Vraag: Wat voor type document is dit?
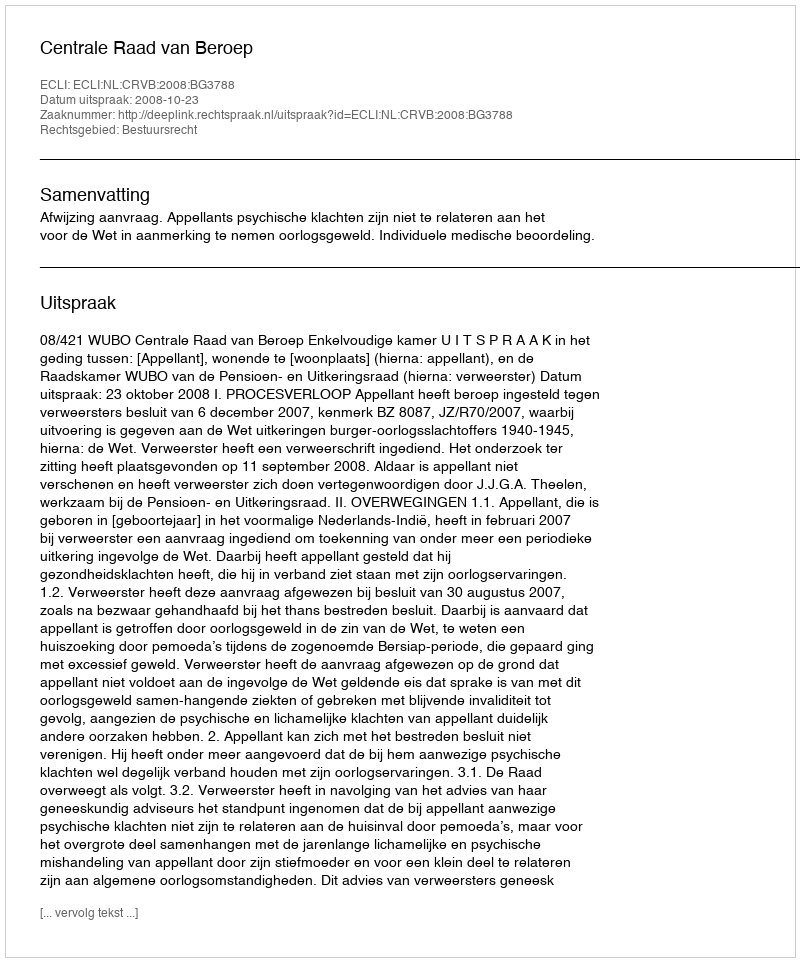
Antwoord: Uitspraak